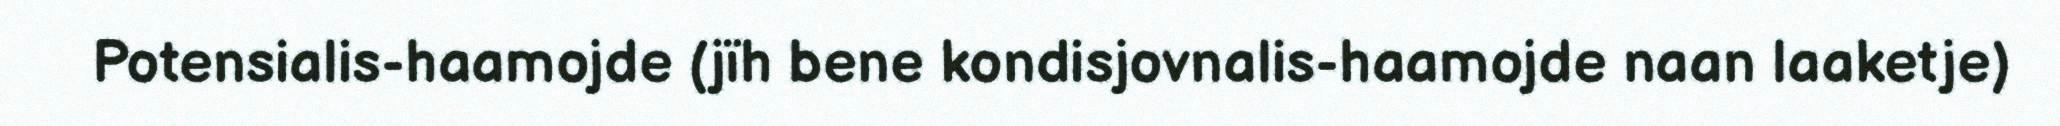
Potensialis-haamojde (jïh bene kondisjovnalis-haamojde naan laaketje)